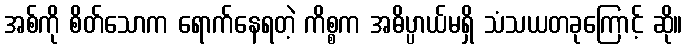
အစ်ကို စိတ်သောက ရောက်နေရတဲ့ ကိစ္စက အဓိပ္ပာယ်မရှိ သံသယတခုကြောင့် ဆို။